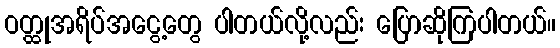
ဝတ္ထုအရိပ်အငွေ့တွေ ပါတယ်လို့လည်း ပြောဆိုကြပါတယ်။